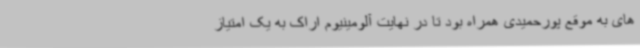
های به موقع پورحمیدی همراه بود تا در نهایت آلومینیوم اراک به یک امتیاز